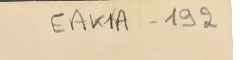
EAK1A - 192